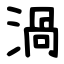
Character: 渦